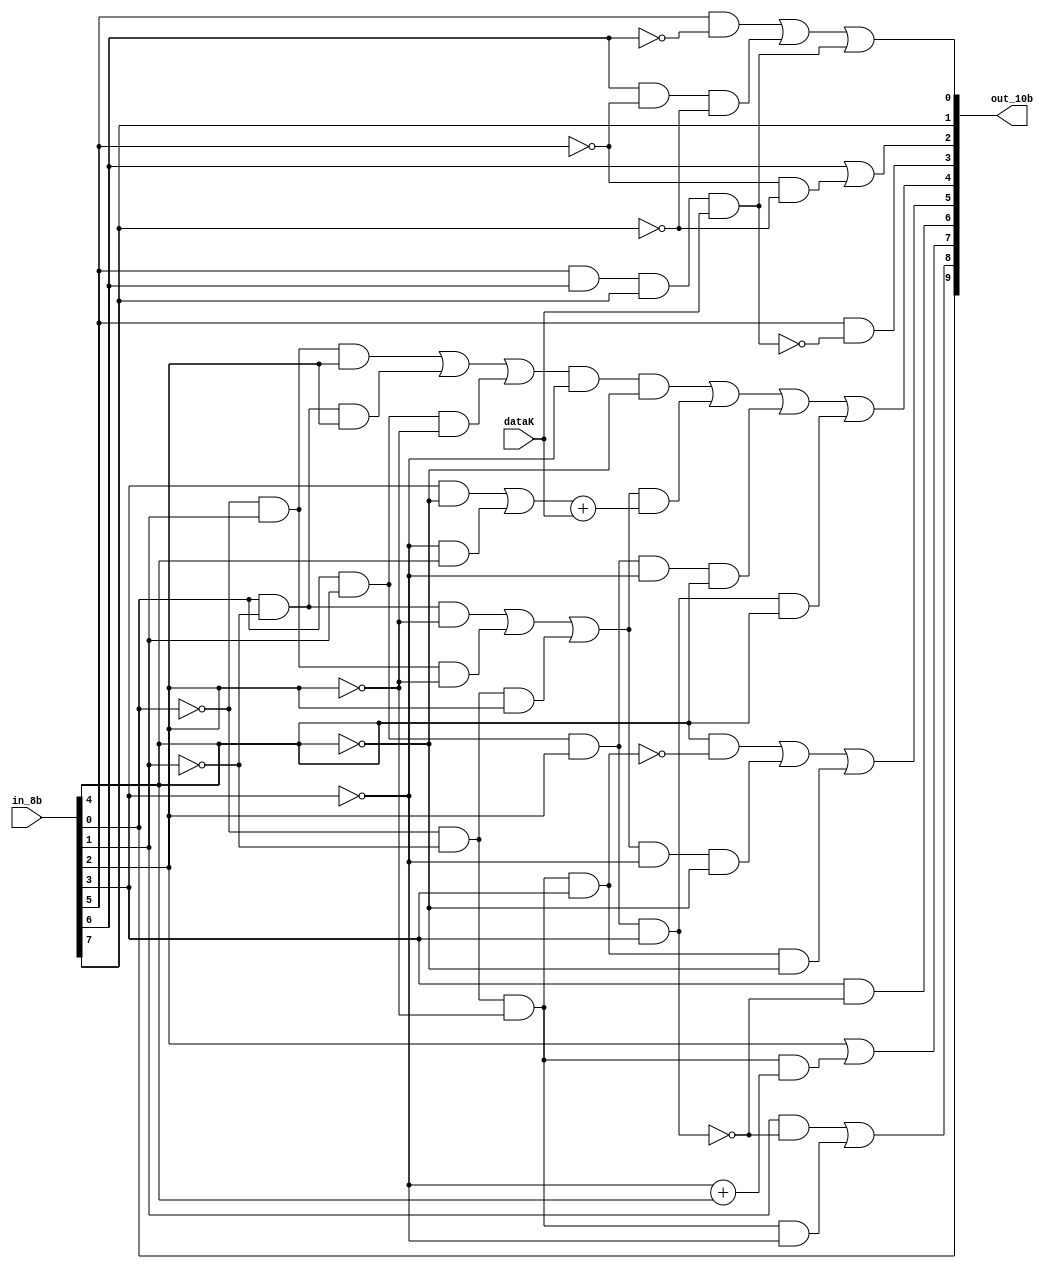
`timescale 1 ns/ 1 ps
module encoder(in_8b, dataK, out_10b);

input wire [7:0] in_8b;
input wire dataK;
wire S, L03, L30, L12, L21;
wire A, B, C, D, E, F, G, H;
output [9:0] out_10b;


		assign A = in_8b[0];
		assign B = in_8b[1];
		assign C = in_8b[2];
		assign D = in_8b[3];
		assign E = in_8b[4];
		assign F = in_8b[5];
		assign G = in_8b[6];
		assign H = in_8b[7];

		assign S =0;
		
		assign L03 = (~A)&(~B)&(~C);
		assign L30 = (A)&(B)&(C);
		assign L12 = ((A)&(~B)&(~C)) || ((~A)&(B)&(~C)) || ((~A)&(~B)&(C));
		assign L21 = ((~A)&(B)&(C)) || ((A)&(~B)&(C)) || ((A)&(B)&(~C));

		
		assign out_10b[9] = A; //a
		assign out_10b[8] = (B&(~(L30&D))) || (L03&(~D)); //b
		assign out_10b[7] = C || (L03&((~D)+E)) ; //c
		assign out_10b[6] = D&(~(L30&D)); //d
		assign out_10b[5] = E&(~(L03&D)) || (L12&(~D)&(~E)) || L03&D&(~E) ; //e
		assign out_10b[4] = (L21&(~D)&(~E)) || (L12&((D&(~E)||(~D)&E)+dataK)) || (L30&(~D)&E) || (L30&D&E); //i
		assign out_10b[3] = F&(~(F&G&H&(S || dataK))); //f
		assign out_10b[2] = G || ((~F)&(~H)); //g
		assign out_10b[1] = H; //h
		assign out_10b[0] = (F&(~G)) || ((G&(~F))&(~H)) || (F&G&H&(S || dataK)); //j




endmodule